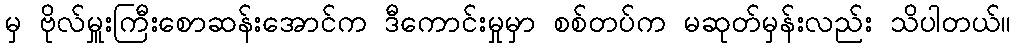
မှ ဗိုလ်မှူးကြီးစောဆန်းအောင်က ဒီကောင်းမှုမှာ စစ်တပ်က မဆုတ်မှန်းလည်း သိပါတယ်။